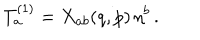
T _ { a } ^ { ( 1 ) } = X _ { a b } ( q , p ) \, \eta ^ { b } \, .